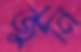
জুনি